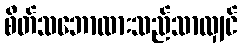
စိတ်သဘောထားသည်သာလျှင်